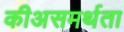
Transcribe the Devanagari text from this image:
कीअसमर्थता